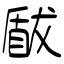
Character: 瞂